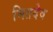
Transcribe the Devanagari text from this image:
मितदेव